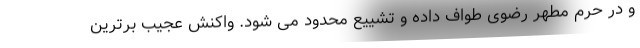
و در حرم مطهر رضوی طواف داده و تشییع محدود می شود. واکنش عجیب برترین